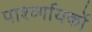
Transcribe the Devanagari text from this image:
पार्श्व्गायकों